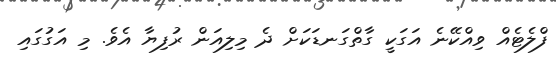
ފްލެޓެއް ވިއްކޭނެ އަގަކީ ގާތްގަނޑަކަށް ދެ މިލިއަން ރުފިޔާ އެވެ. މި އަގުގައި